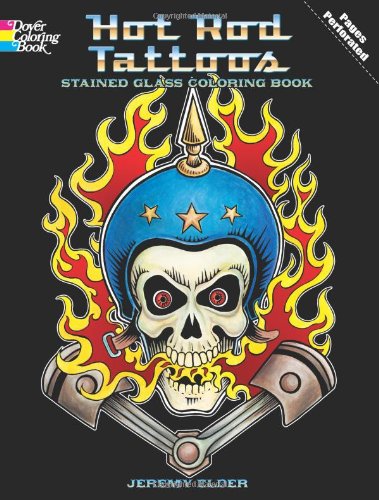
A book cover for Hot Rod Tattoos Stained Glass Coloring Book (Dover Stained Glass Coloring Book); Jeremy Elder; Arts & Photography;